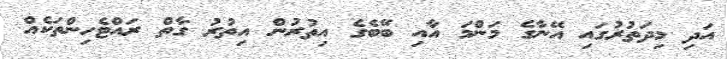
އަދި މިދަތުރުގައި އޭނާގެ މަންމަ އާއި ބޭބެގެ އިތުރުން އިތުރު ގާތް ރައްޓެހިންތަކެއް